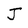
Character: J